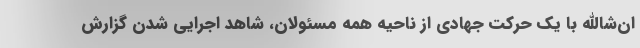
ان‌شاالله با یک حرکت جهادی از ناحیه همه مسئولان، شاهد اجرایی شدن گزارش